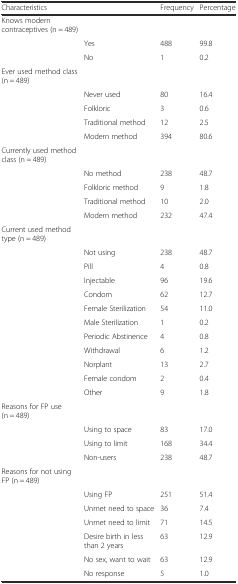
<table><thead><tr><td colspan="2"><b>Characteristics</b></td><td><b>Frequency</b></td><td><b>Percentage</b></td></tr></thead><tbody><tr><td>Knows modern contraceptives (n = 489)</td><td></td><td></td><td></td></tr><tr><td></td><td>Yes</td><td>488</td><td>99.8</td></tr><tr><td></td><td>No</td><td>1</td><td>0.2</td></tr><tr><td>Ever used method class (n = 489)</td><td></td><td></td><td></td></tr><tr><td></td><td>Never used</td><td>80</td><td>16.4</td></tr><tr><td></td><td>Folkloric</td><td>3</td><td>0.6</td></tr><tr><td></td><td>Traditional method</td><td>12</td><td>2.5</td></tr><tr><td></td><td>Modern method</td><td>394</td><td>80.6</td></tr><tr><td>Currently used method class (n = 489)</td><td></td><td></td><td></td></tr><tr><td></td><td>No method</td><td>238</td><td>48.7</td></tr><tr><td></td><td>Folkloric method</td><td>9</td><td>1.8</td></tr><tr><td></td><td>Traditional method</td><td>10</td><td>2.0</td></tr><tr><td></td><td>Modern method</td><td>232</td><td>47.4</td></tr><tr><td>Current used method type (n = 489)</td><td></td><td></td><td></td></tr><tr><td></td><td>Not using</td><td>238</td><td>48.7</td></tr><tr><td></td><td>Pill</td><td>4</td><td>0.8</td></tr><tr><td></td><td>Injectable</td><td>96</td><td>19.6</td></tr><tr><td></td><td>Condom</td><td>62</td><td>12.7</td></tr><tr><td></td><td>Female Sterilization</td><td>54</td><td>11.0</td></tr><tr><td></td><td>Male Sterilization</td><td>1</td><td>0.2</td></tr><tr><td></td><td>Periodic Abstinence</td><td>4</td><td>0.8</td></tr><tr><td></td><td>Withdrawal</td><td>6</td><td>1.2</td></tr><tr><td></td><td>Norplant</td><td>13</td><td>2.7</td></tr><tr><td></td><td>Female condom</td><td>2</td><td>0.4</td></tr><tr><td></td><td>Other</td><td>9</td><td>1.8</td></tr><tr><td>Reasons for FP use (n = 489)</td><td></td><td></td><td></td></tr><tr><td></td><td>Using to space</td><td>83</td><td>17.0</td></tr><tr><td></td><td>Using to limit</td><td>168</td><td>34.4</td></tr><tr><td></td><td>Non-users</td><td>238</td><td>48.7</td></tr><tr><td>Reasons for not using FP (n = 489)</td><td></td><td></td><td></td></tr><tr><td></td><td>Using FP</td><td>251</td><td>51.4</td></tr><tr><td></td><td>Unmet need to space</td><td>36</td><td>7.4</td></tr><tr><td></td><td>Unmet need to limit</td><td>71</td><td>14.5</td></tr><tr><td></td><td>Desire birth in less than 2 years</td><td>63</td><td>12.9</td></tr><tr><td></td><td>No sex, want to wait</td><td>63</td><td>12.9</td></tr><tr><td></td><td>No response</td><td>5</td><td>1.0</td></tr></tbody></table>